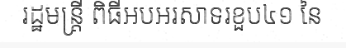
រដ្ឋមន្ត្រី ពិធីអបអរសាទរខួប៤១ នៃ